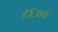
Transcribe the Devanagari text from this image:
८६००